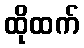
ထိုထက်